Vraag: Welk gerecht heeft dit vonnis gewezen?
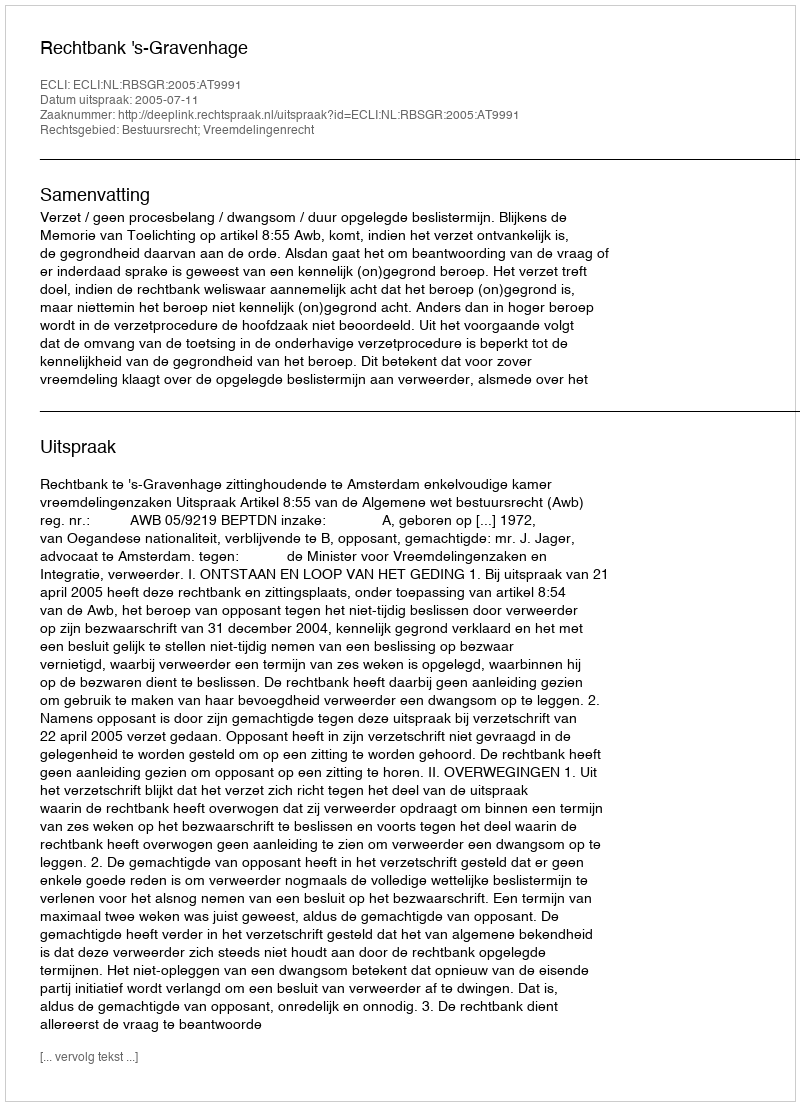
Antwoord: Rechtbank 's-Gravenhage